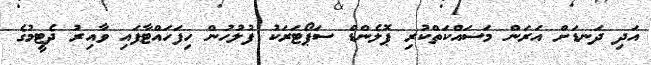
އަދި ދަނޑަށް އަރަން މަސައްކަތްކުރި ޕޮލެންޑް ސަޕޯޓަރަކު ފުލުހުން ހިފަހައްޓާފައި ވާއިރު ދެޓީމުގެ